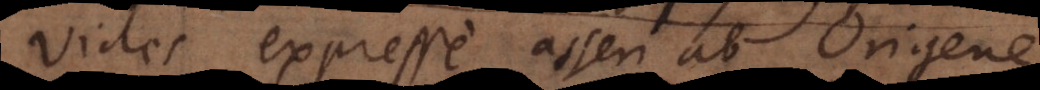
Vides expresse asseri ab Origene